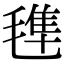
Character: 𣯍